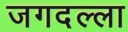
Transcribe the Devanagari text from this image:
जगदल्ला